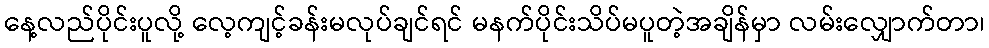
နေ့လည်ပိုင်းပူလို့ လေ့ကျင့်ခန်းမလုပ်ချင်ရင် မနက်ပိုင်းသိပ်မပူတဲ့အချိန်မှာ လမ်းလျှောက်တာ၊